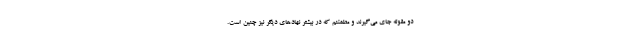
دو مقوله جای می‌گیرند و مطمئنم که در بیشتر نهادهای دیگر نیز چنین است.